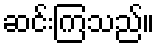
ဆင်းကြသည်။